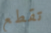
تقطع